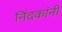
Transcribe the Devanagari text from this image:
निंदकांनी